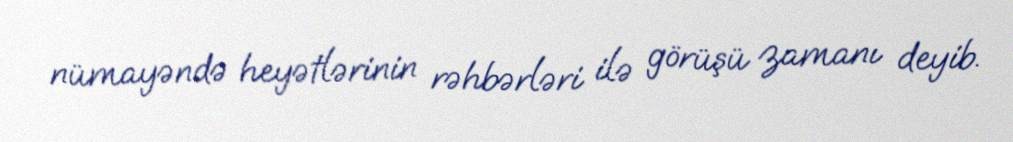
nümayəndə heyətlərinin rəhbərləri ilə görüşü zamanı deyib.